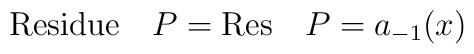
{\rm Residue}\quad P = {\rm Res}\quad P = a_{-1} (x)